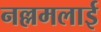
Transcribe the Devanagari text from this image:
नल्लमलाई